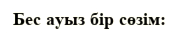
Бес ауыз бір сөзім: